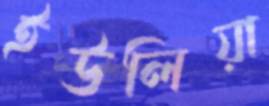
ইউলিয়া